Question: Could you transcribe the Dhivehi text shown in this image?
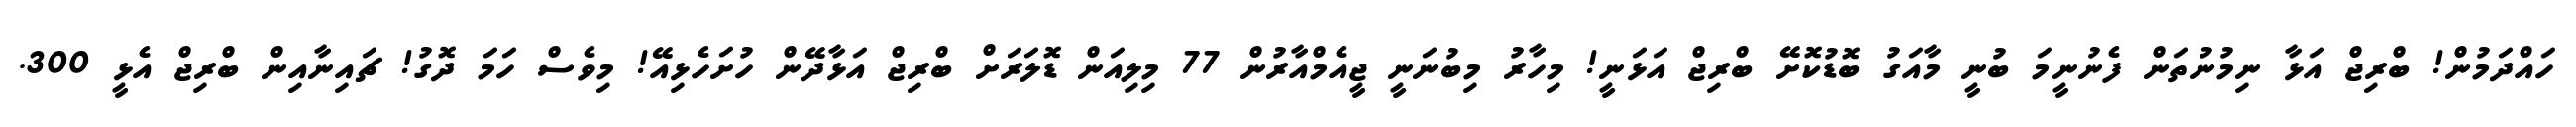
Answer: ހައްދަމުން! ބްރިޖް އަޅާ ނިމުނުތަން ފެނުނީމަ ބުނީ މާއަގު ބޮޑުކޮށޭ ބްރިޖް އަޅަނީ! މިހާރު މިބުނަނީ ޖީއެމްއާރުން 77 މިލިއަން ޑޮލަރަށް ބްރިޖް އަޅާދޭން ހުށަހެޅިއޭ! މިވެސް ހަމަ ދޮގު! ޗައިނާއިން ބްރިޖް އެޅީ 300.